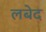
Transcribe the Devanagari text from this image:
लबेद